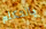
بالتكلم